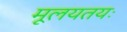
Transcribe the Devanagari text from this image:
मूलयतयः